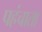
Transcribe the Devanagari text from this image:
पहंचाता